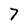
Character: 7